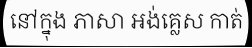
នៅក្នុង ភាសា អង់គ្លេស កាត់